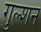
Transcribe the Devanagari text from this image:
गुल्शन